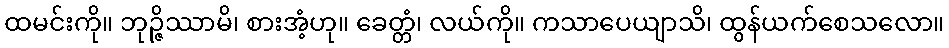
ထမင်းကို။ ဘုဉ္ဇိဿာမိ၊ စားအံ့ဟု။ ခေတ္တံ၊ လယ်ကို။ ကသာပေယျာသိ၊ ထွန်ယက်စေသလော။